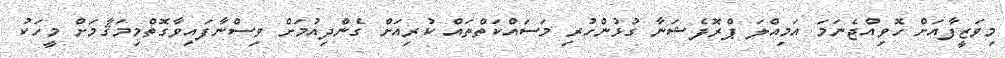
މިވަޒީފާއަށް ހޮވިއްޖެނަމަ އަމިއްލަ ޕްރޮފެޝަނާ ގުޅުންހުރި މަސައްކަތްތައް ކުރިއަށް ގެންދިއުމަށް ވިސްނާފައިވާގޮތްމިމަޤާމަށް މީހަކު